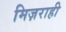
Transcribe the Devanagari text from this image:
मिज़राही